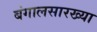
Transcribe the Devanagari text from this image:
बंगालसारख्या